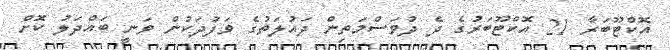
އޮކްޓޫބަރާ 21 އޮކްޓޫބަރުގެ ދެ ދުވަސްމަތިން ދައުލަތުގެ ވަފުދަކުން ވަނީ ބައްދަލު ކޮށް